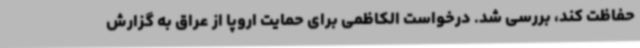
حفاظت کند، بررسی شد. درخواست الکاظمی برای حمایت اروپا از عراق به گزارش